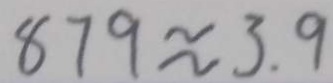
8 7 9 \approx 3 . 9